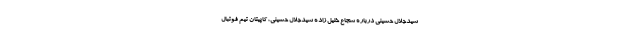
سیدجلال حسینی درباره شجاع خلیل زاده سیدجلال حسینی، کاپیتان تیم فوتبال